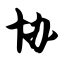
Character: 协